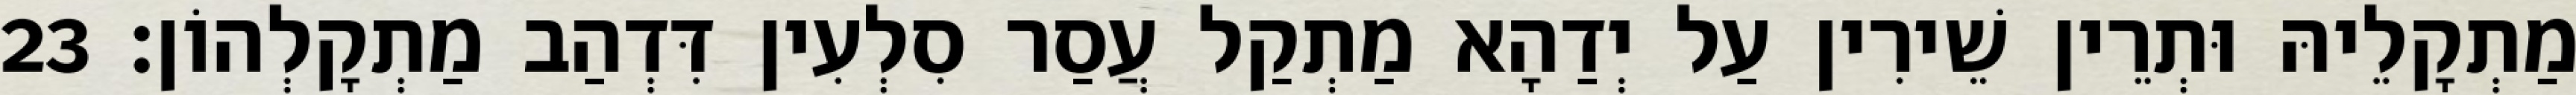
מַתְקָלֵיהּ וּתְרֵין שֵׁירִין עַל יְדַהָא מַתְקַל עֲסַר סִלְעִין דִּדְהַב מַתְקָלְהוֹן׃ 23